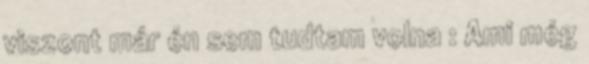
viszont már én sem tudtam volna : Ami még